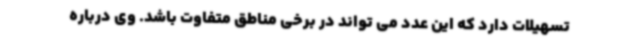
تسهیلات دارد که این عدد می تواند در برخی مناطق متفاوت باشد. وی درباره